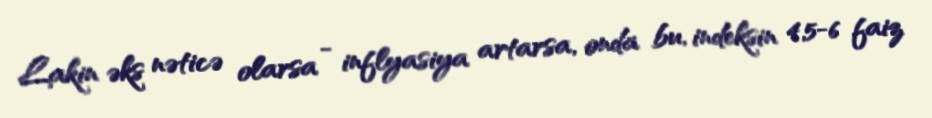
Lakin əks nəticə olarsa - inflyasiya artarsa, onda bu, indeksin 4,5-6 faiz